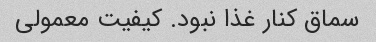
سماق کنار غذا نبود. کیفیت معمولی